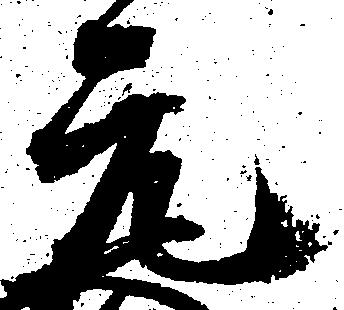
元